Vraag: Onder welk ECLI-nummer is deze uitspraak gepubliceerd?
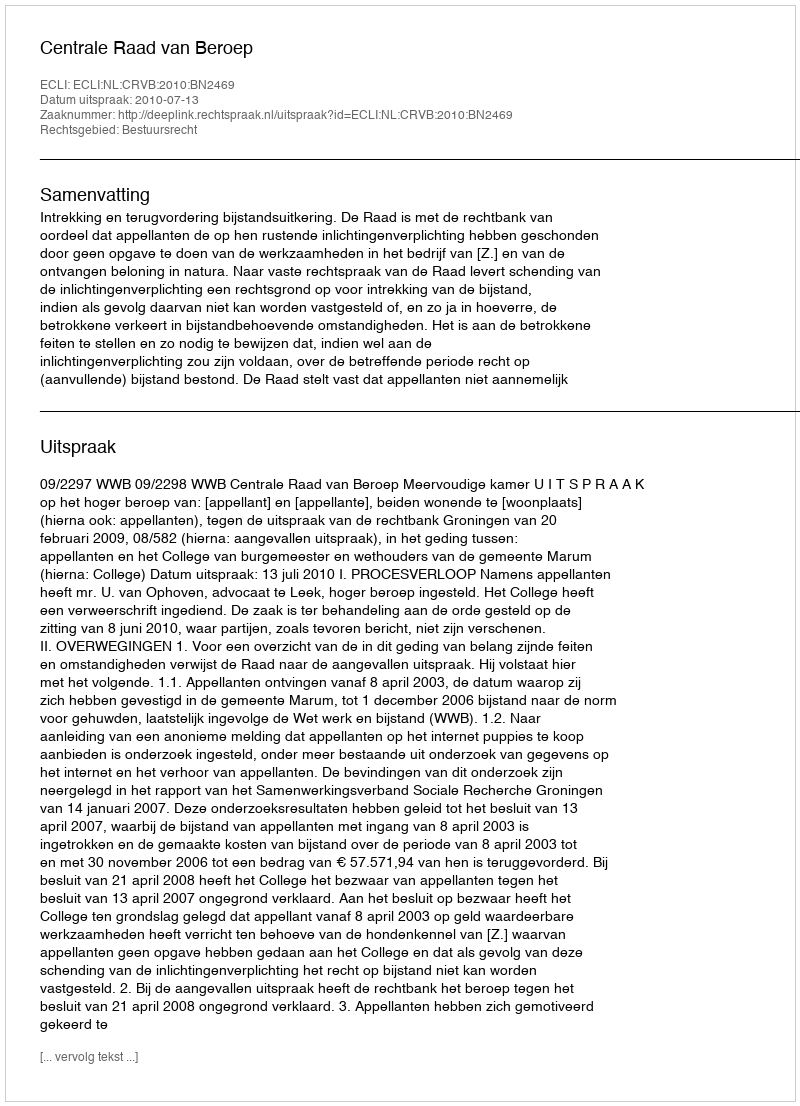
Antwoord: ECLI:NL:CRVB:2010:BN2469